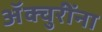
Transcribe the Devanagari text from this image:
ॲक्चुरींना